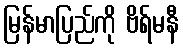
မြန်မာပြည်ကို ဗိရ်မနီ